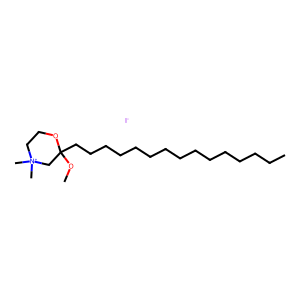
SMILES: CCCCCCCCCCCCCCCC1(OC)C[N+](C)(C)CCO1.[I-]
Inhibits HIV replication: No